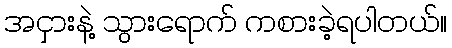
အငှားနဲ့ သွားရောက် ကစားခဲ့ရပါတယ်။